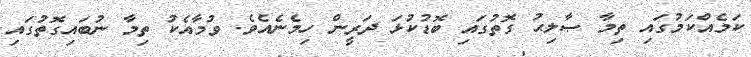
ކަމެއްކަމުގައި ތިމާ ޞާލިޙު ގޮތުގައި ބޮޑުކުޅަ ދަރީން ހިމެނެއެވެ. ވުމާއެކު ތިމާ ނުބައިގޮތުގައި